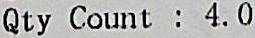
QTY COUNT : 4.0